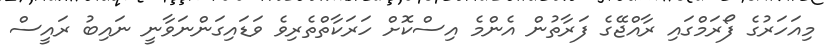
މިއަހަރުގެ ފޯރަމްގައި ރާއްޖޭގެ ފަރާތުން އެންމެ އިސްކޮށް ހަރަކާތްތެރިވެ ވަޑައިގަންނަވާނީ ނައިބު ރައީސް